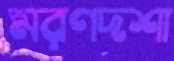
মরণদশা